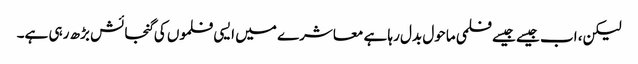
لیکن، اب جیسے جیسے فلمی ماحول بدل رہا ہے معاشرے میں ایسی فلموں کی گنجائش بڑھ رہی ہے۔